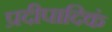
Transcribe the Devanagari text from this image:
प्रदीपादिकं